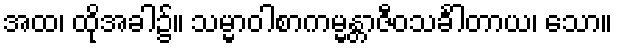
အထ၊ ထိုအခါ၌။ သမ္မာဝါစာကမ္မန္တာဇီဝသင်္ခါတာယ၊ သော။